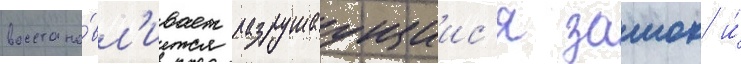
восстана́вл'ивает разрушаущиис'я замок и́